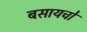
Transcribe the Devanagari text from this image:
बसायचो